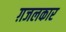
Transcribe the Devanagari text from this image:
ग़जलकार